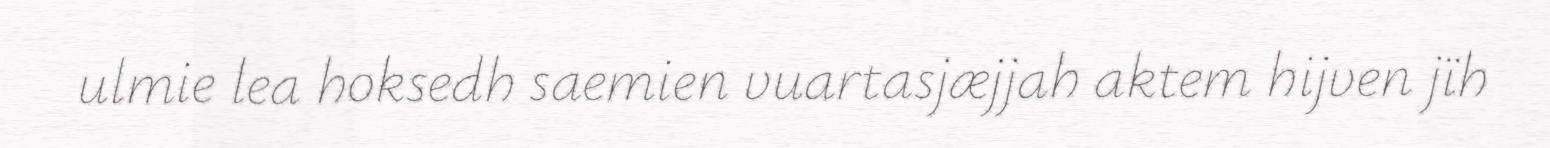
ulmie lea hoksedh saemien vuartasjæjjah aktem hijven jïh